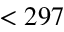
< 2 9 7